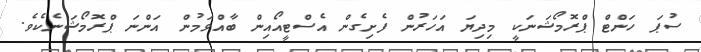
ސުޕަ ހަންޓް ޕްރޮމޯޝަނަކީ މިދިޔަ އަހަރުން ފެށިގެން އެސްޓީއޯއިން ބާއްވަމުން އަންނަ ޕްރޮމޯޝަނެކެވެ.